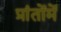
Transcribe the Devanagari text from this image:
प्रांतोंमें